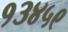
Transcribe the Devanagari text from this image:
१३४५९